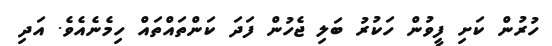
ހުރުން ކަށި ފީވުން ހަކުރު ބަލި ޖެހުން ފަދަ ކަންތައްތައް ހިމެނެއެވެ. އަދި